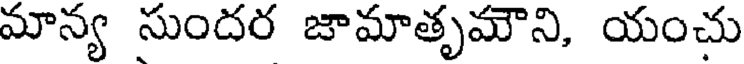
మాన్య సుందర జామాతృమౌని, యంచు